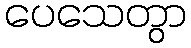
ပေသေတွာ